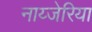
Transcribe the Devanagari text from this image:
नाय्जेरिया